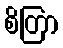
စိတြာ